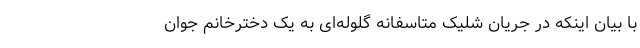
با بیان اینکه در جریان شلیک متاسفانه گلوله‌ای به یک دخترخانم جوان